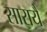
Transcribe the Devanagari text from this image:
सारायै